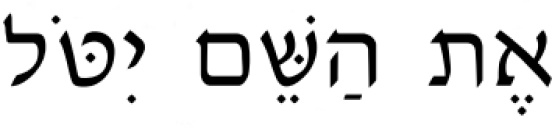
אֶת הַשֵּׁם יִטֹּל